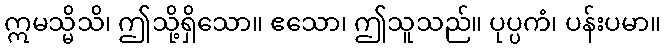
ဣမသ္မိသိ၊ ဤသို့ရှိသော။ ဧသော၊ ဤသူသည်။ ပုပ္ပကံ၊ ပန်းပမာ။